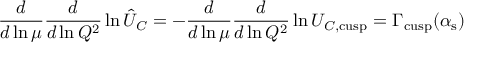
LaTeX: \frac { d } { d \ln \mu } \frac { d } { d \ln Q ^ { 2 } } \ln \hat { U } _ { C } = - \frac { d } { d \ln \mu } \frac { d } { d \ln Q ^ { 2 } } \ln U _ { C , \mathrm { c u s p } } = \Gamma _ { \mathrm { c u s p } } ( \alpha _ { \mathrm { s } } )